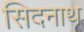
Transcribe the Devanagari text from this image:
सिदनाथ